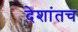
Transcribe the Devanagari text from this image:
देशांतच